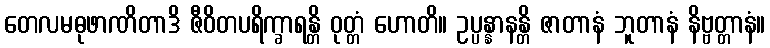
တေလမဓုဖာဏိတာဒိ ဇီဝိတပရိက္ခာရန္တိ ဝုတ္တံ ဟောတိ။ ဥပ္ပန္နာနန္တိ ဇာတာနံ ဘူတာနံ နိဗ္ဗတ္တာနံ။